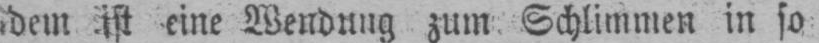
dem ist eine Wendung zum Schlimmen in so